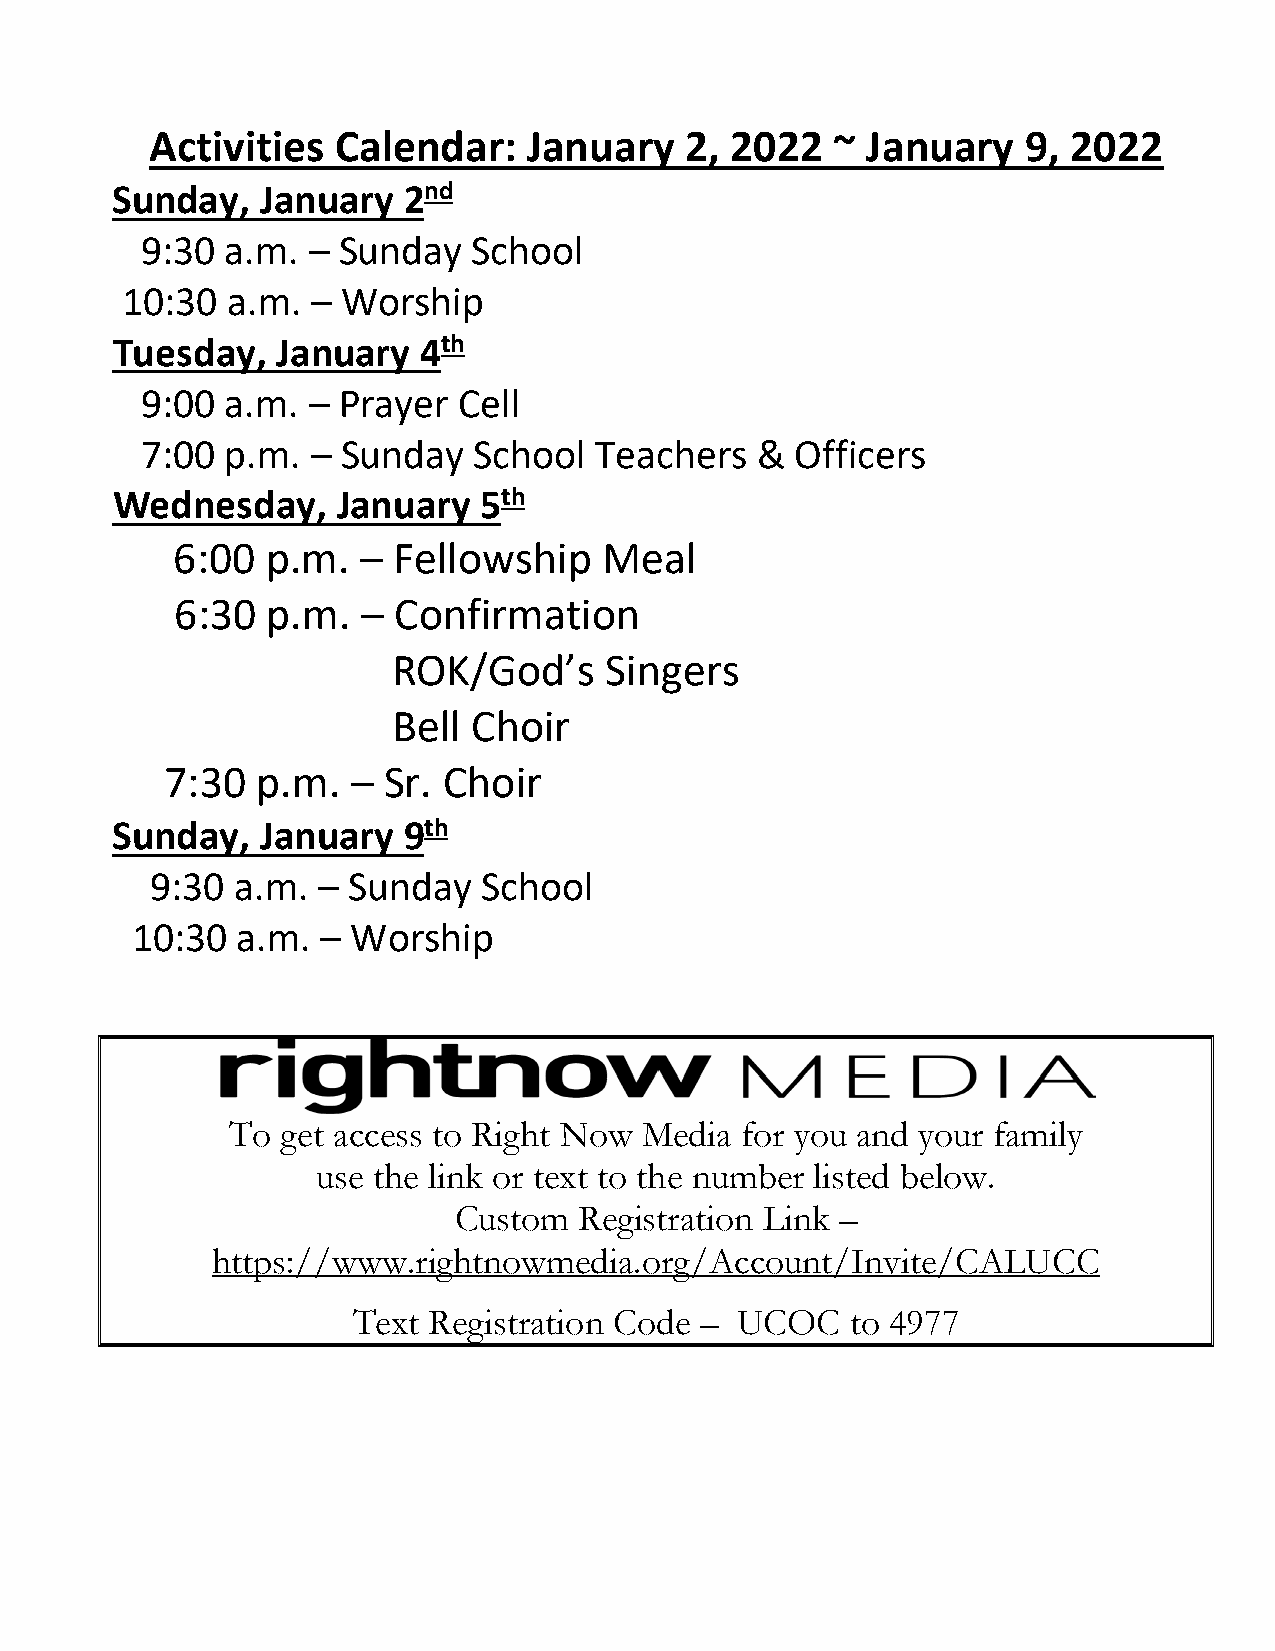
Activities  Calendar:    January   2, 2022   ~ January    9, 2022
 Sunday,   January   2nd
 9:30  a.m. – Sunday   School
 10:30  a.m.  – Worship
 Tuesday,   January   4th
 9:00  a.m. – Prayer  Cell
 7:00  p.m.  – Sunday  School  Teachers   &  Officers
 Wednesday,     January   5th
 6:00   p.m.  – Fellowship    Meal
 6:30  p.m.  – Confirmation
 ROK/God’s     Singers
 Bell Choir
 7:30  p.m.  – Sr. Choir
 Sunday,   January   9th
 9:30  a.m. – Sunday   School
 10:30  a.m. – Worship
 To  get access to Right Now Media for you and your family
 use the link or text to the number listed below.
 Custom  Registration Link –
 https://www.rightnowmedia.org/Account/Invite/CALUCC
 Text Registration Code –  UCOC   to 4977